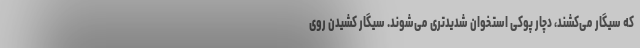
که سیگار می‌کشند، دچار پوکی استخوان شدیدتری می‌شوند. سیگار کشیدن روی